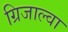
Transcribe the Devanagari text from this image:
ग्रिजाल्वा